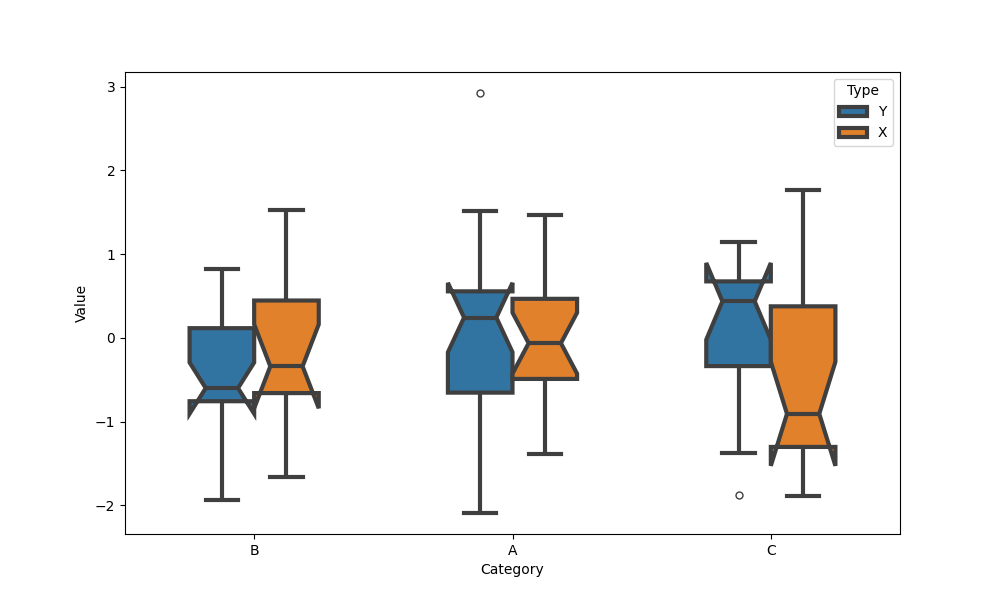
python, seaborn, boxplot, width=0.5, linewidth=3, fliersize=5, notch=True